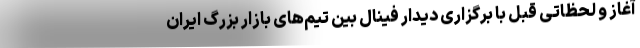
آغاز و لحظاتی قبل با برگزاری دیدار فینال بین تیم‌های بازار بزرگ ایران